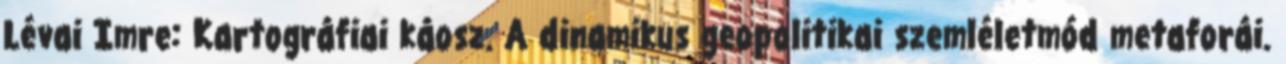
Lévai Imre: Kartográfiai káosz. A dinamikus geopolitikai szemléletmód metaforái.